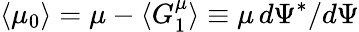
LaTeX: \langle\mu_{0}\rangle=\mu-\langle G_{1}^{\mu}\rangle\equiv\mu\, d\Psi^{*}/d\Psi